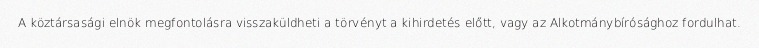
A köztársasági elnök megfontolásra visszaküldheti a törvényt a kihirdetés előtt, vagy az Alkotmánybírósághoz fordulhat.